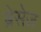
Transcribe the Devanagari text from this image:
ब्रेसेज़